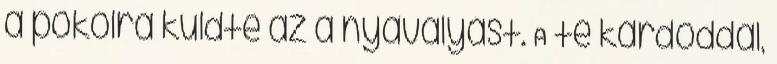
a pokolra küldte az a nyavalyást. A te kardoddal,